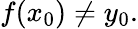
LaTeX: f(x_{0})\neq y_{0}.